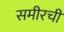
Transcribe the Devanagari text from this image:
समीरची